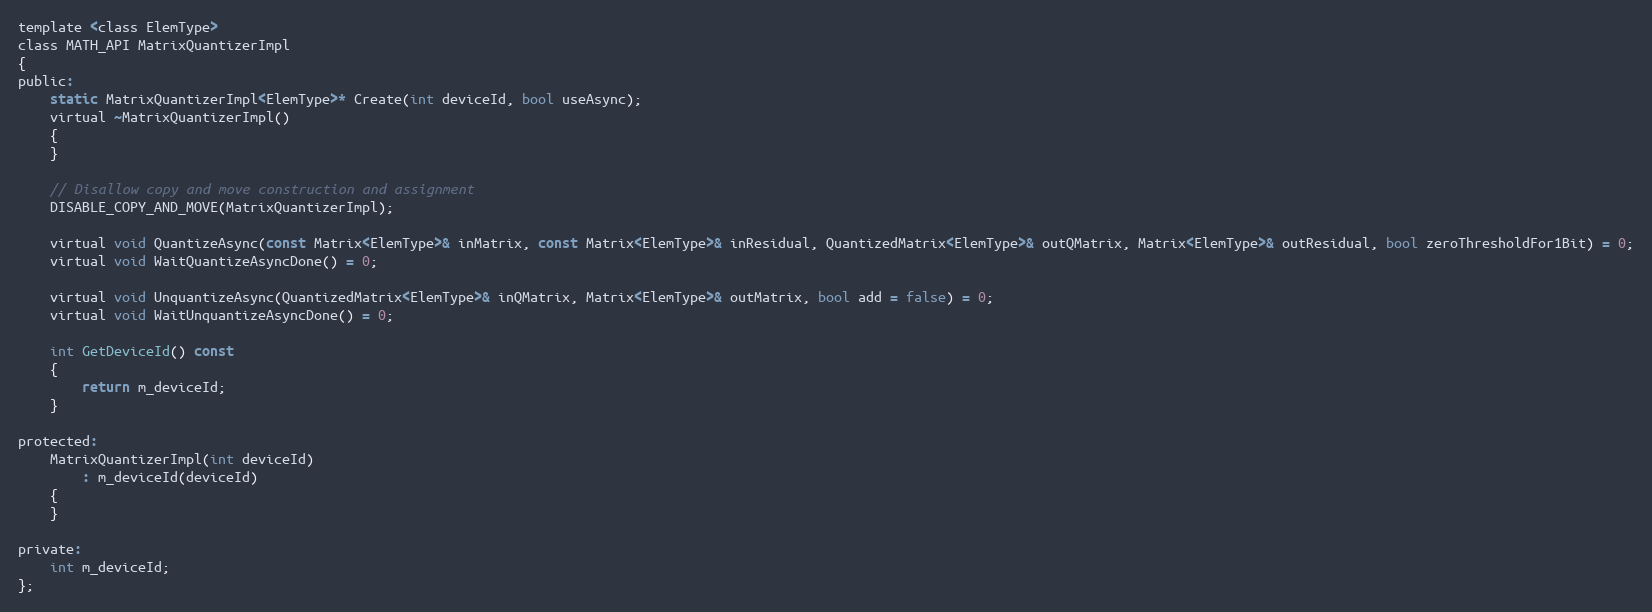
Language: C
template <class ElemType>
class MATH_API MatrixQuantizerImpl
{
public:
    static MatrixQuantizerImpl<ElemType>* Create(int deviceId, bool useAsync);
    virtual ~MatrixQuantizerImpl()
    {
    }

    // Disallow copy and move construction and assignment
    DISABLE_COPY_AND_MOVE(MatrixQuantizerImpl);

    virtual void QuantizeAsync(const Matrix<ElemType>& inMatrix, const Matrix<ElemType>& inResidual, QuantizedMatrix<ElemType>& outQMatrix, Matrix<ElemType>& outResidual, bool zeroThresholdFor1Bit) = 0;
    virtual void WaitQuantizeAsyncDone() = 0;

    virtual void UnquantizeAsync(QuantizedMatrix<ElemType>& inQMatrix, Matrix<ElemType>& outMatrix, bool add = false) = 0;
    virtual void WaitUnquantizeAsyncDone() = 0;

    int GetDeviceId() const
    {
        return m_deviceId;
    }

protected:
    MatrixQuantizerImpl(int deviceId)
        : m_deviceId(deviceId)
    {
    }

private:
    int m_deviceId;
};